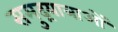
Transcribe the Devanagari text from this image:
समुद्रयात्राओं